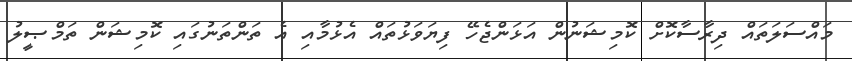
މައްސަލަތައް ދިރާސާކޮށް ކޮމިޝަނުން އަޅަންޖެހޭ ފިޔަވަޅުތައް އެޅުމާއި އެ ތަންތަނުގައި ކޮމިޝަން ތަމްޞީލު